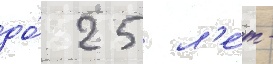
до́ 25 л'е́т -